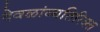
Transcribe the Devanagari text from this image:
देवळांव्यतिरिक्‍त